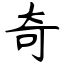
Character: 奇